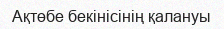
Ақтөбе бекінісінің қалануы